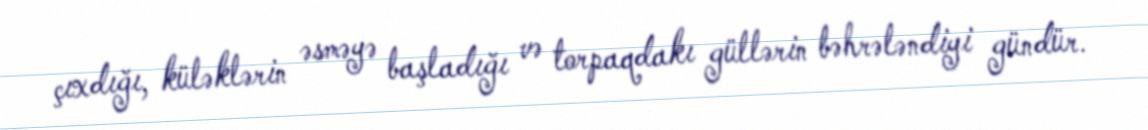
çıxdığı, küləklərin əsməyə başladığı və torpaqdakı güllərin bəhrələndiyi gündür.